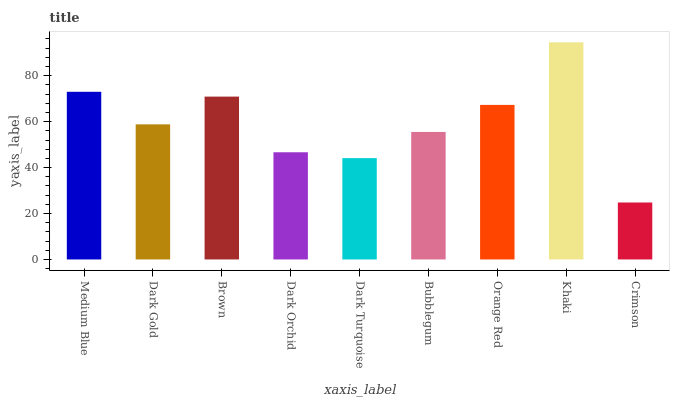
| xaxis_label | bars |
 | --- | --- |
 | Medium Blue | 73 |
 | Dark Gold | 58.8 |
 | Brown | 70.9 |
 | Dark Orchid | 46.7 |
 | Dark Turquoise | 44.1 |
 | Bubblegum | 55.5 |
 | Orange Red | 67.3 |
 | Khaki | 94.5 |
 | Crimson | 24.8 |